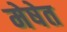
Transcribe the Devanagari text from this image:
मेषेत